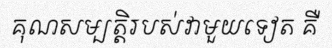
គុណសម្បត្តិរបស់វាមួយទៀត គឺ